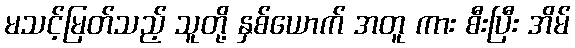
မသင့်မြတ်သည့် သူတို့ နှစ်ယောက် အတူ ကား စီးပြီး အိမ်